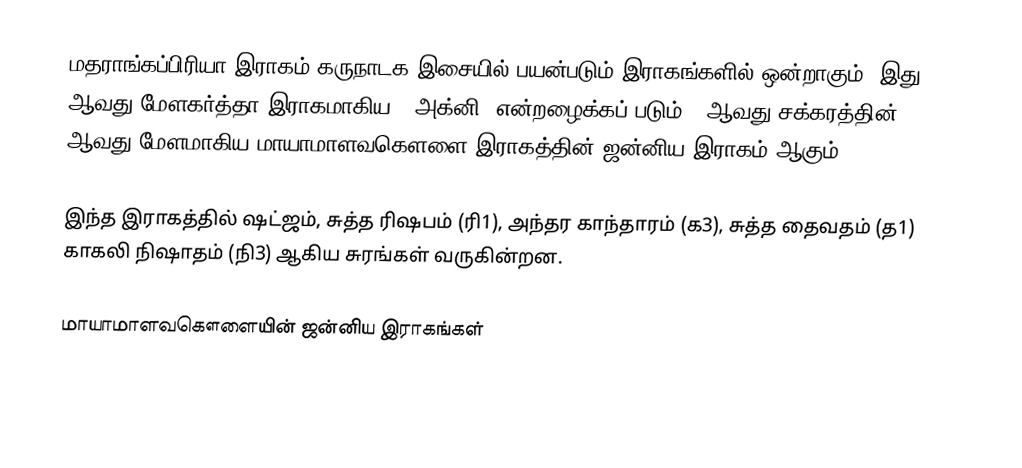
மதராங்கப்பிரியா இராகம் கருநாடக இசையில் பயன்படும் இராகங்களில் ஒன்றாகும். இது 15 ஆவது மேளகர்த்தா இராகமாகிய, "அக்னி" என்றழைக்கப் படும் 3 ஆவது சக்கரத்தின் 3 ஆவது மேளமாகிய மாயாமாளவகௌளை இராகத்தின் ஜன்னிய இராகம் ஆகும்.

இந்த இராகத்தில் ஷட்ஜம், சுத்த ரிஷபம் (ரி1),  அந்தர காந்தாரம் (க3), சுத்த தைவதம் (த1) காகலி நிஷாதம்  (நி3) ஆகிய சுரங்கள் வருகின்றன.

மாயாமாளவகௌளையின் ஜன்னிய இராகங்கள்